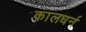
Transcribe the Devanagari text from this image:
कालधर्न